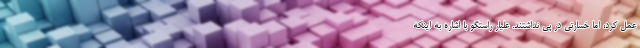
عمل کرد، اما خسارتی در پی نداشتند. علیار راستگو با اشاره به اینکه